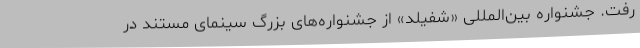
رفت. جشنواره بین‌المللی «شفیلد» از جشنواره‌های بزرگ سینمای مستند در